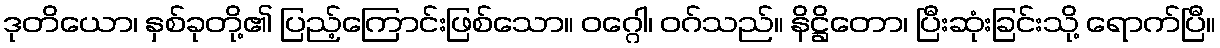
ဒုတိယော၊ နှစ်ခုတို့၏ ပြည့်ကြောင်းဖြစ်သော။ ဝဂ္ဂေါ၊ ဝဂ်သည်။ နိဋ္ဌိတော၊ ပြီးဆုံးခြင်းသို့ ရောက်ပြီ။